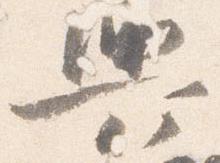
輿